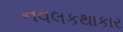
નવલકથાકાર